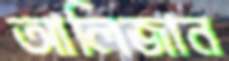
আলিজান